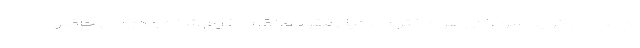
ادامه می گوید سرطان زهرا دخترم بدلیل فقر مطلق بدخیم شده و درحال حاضر